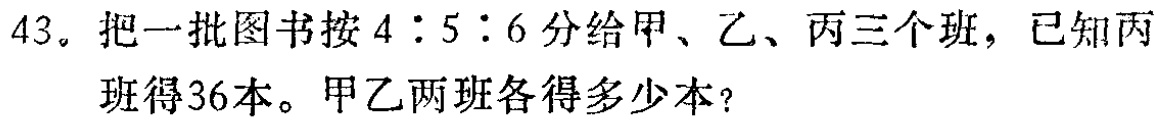
43。把一批图书按\(4:5:6\)分给甲、乙、丙三个班，已知丙班得36本。甲乙两班各得多少本？